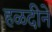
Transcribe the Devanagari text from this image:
हळदीने